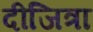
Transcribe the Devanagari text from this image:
दीजित्रा